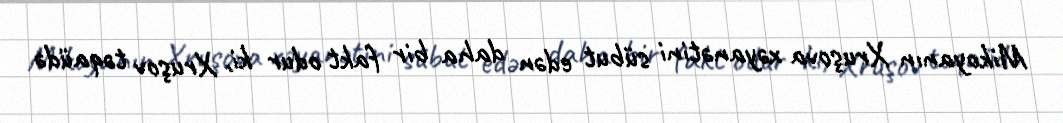
Mikoyanın Xruşova xəyanətini sübut edən daha bir fakt odur ki, Xruşov təqaüdə